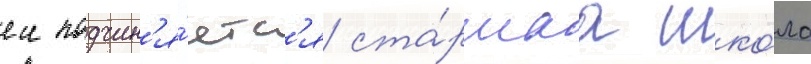
еи подчин'я́етс'я ста́ршаа шко́ла